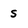
Character: s